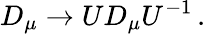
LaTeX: D_{\mu}\rightarrow UD_{\mu}U^{-1}\, {.}